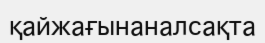
қайжағынаналсақта